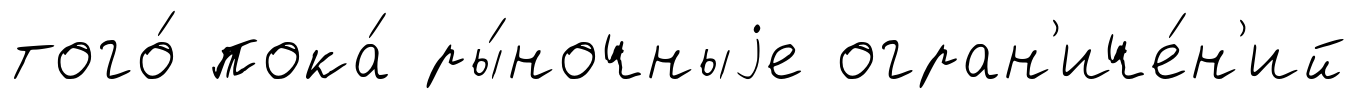
того́ пока́ ры́ночныjе огран'иче́н'ий